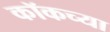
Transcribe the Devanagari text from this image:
कॉकच्या